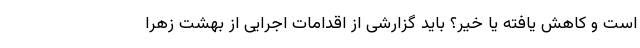
است و کاهش یافته یا خیر؟ باید گزارشی از اقدامات اجرایی از بهشت زهرا